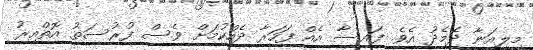
މިލިއަނާ ދެމެދު އެވެ. ފައިސާ އެއް ފަހަރާ ދެއްކުމަށް ވެސް ފުރުސަތު އޮތްއިރު